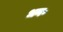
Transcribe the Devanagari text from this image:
धन॰